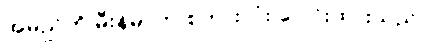
အမည်ကို မီးန်မာဟု စကားလုံး ပေါင်းထားသည်။